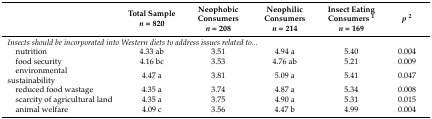
<table><thead><tr><td></td><td><b>Total Sample<i>n</i> = 820</b></td><td><b>Neophobic Consumers<i>n</i> = 208</b></td><td><b>Neophilic Consumers<i>n</i> = 214</b></td><td><b>Insect Eating Consumers <sup>1</sup><i>n</i> = 169</b></td><td><b><i>p</i><sup>2</sup></b></td></tr></thead><tbody><tr><td colspan="4"><i>Insects should be incorporated into Western diets to address issues related to...</i></td><td></td><td></td></tr><tr><td> nutrition</td><td>4.33 ab</td><td>3.51</td><td>4.94 a</td><td>5.40</td><td>0.004</td></tr><tr><td> food security</td><td>4.16 bc</td><td>3.53</td><td>4.76 ab</td><td>5.21</td><td>0.009</td></tr><tr><td> environmental sustainability</td><td>4.47 a</td><td>3.81</td><td>5.09 a</td><td>5.41</td><td>0.047</td></tr><tr><td> reduced food wastage</td><td>4.35 a</td><td>3.74</td><td>4.87 a</td><td>5.34</td><td>0.008</td></tr><tr><td> scarcity of agricultural land</td><td>4.35 a</td><td>3.75</td><td>4.90 a</td><td>5.31</td><td>0.015</td></tr><tr><td> animal welfare</td><td>4.09 c</td><td>3.56</td><td>4.47 b</td><td>4.99</td><td>0.004</td></tr></tbody></table>